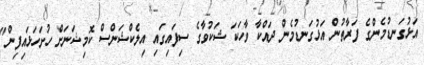
އަޅުގަނޑުމެންގެ ފަރާތުން އަޅުގަނޑުމެން ދައްކާ ވާހަކަ ޝަކުވާގެ ސިފައިގައި އިލެކްޝަންސް ކޮމިޝަނަށް ހުށަހަޅައިފިން"